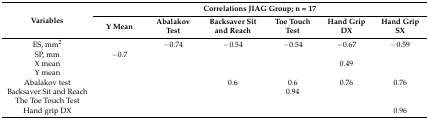
| <ROWSPAN=2> Variables | <COLSPAN=6> Correlations JIAG Group; n = 17 |
 | Y Mean | Abalakov Test | Backsaver Sit and Reach | Toe Touch Test | Hand Grip DX | Hand Grip SX |
 | --- | --- | --- | --- | --- | --- | --- |
 | ES, mm2 |  | −0.74 | −0.54 | −0.54 | −0.67 | −0.59 |
 | SP, mm | −0.7 |  |  |  |  |  |
 | X mean |  |  |  |  | 0.49 |  |
 | Y mean |  |  |  |  |  |  |
 | Abalakov test |  |  | 0.6 | 0.6 | 0.76 | 0.76 |
 | Backsaver Sit and Reach |  |  |  | 0.94 |  |  |
 | The Toe Touch Test |  |  |  |  |  |  |
 | Hand grip DX |  |  |  |  |  | 0.96 |